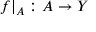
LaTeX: f | _ { A } : A \to Y